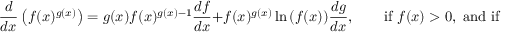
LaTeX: { \frac { d } { d x } } \left( f ( x ) ^ { g ( x ) } \right) = g ( x ) f ( x ) ^ { g ( x ) - 1 } { \frac { d f } { d x } } + f ( x ) ^ { g ( x ) } \ln { ( f ( x ) ) } { \frac { d g } { d x } } , \qquad { \mathrm { i f ~ } } f ( x ) > 0 , { \mathrm { ~ a n d ~ i f ~ } } { \frac { d f } { d x } } { \mathrm { ~ a n d ~ } } { \frac { d g } { d x } } { \mathrm { ~ e x i s t . } }